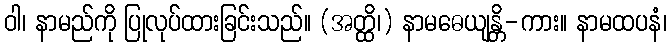
ဝါ၊ နာမည်ကို ပြုလုပ်ထားခြင်းသည်။ (အတ္ထိ၊) နာမဓေယျန္တိ-ကား။ နာမထပနံ၊